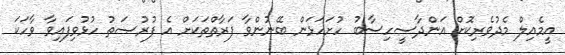
އީމެއިލް މެދުވެރިކޮށްް އަންދާސީހިސާބު ހުށަހަޅަން ބޭނުންވާ ފަރާތްތަކަށް އެ ފުރުޞަތު ހުޅުވިފައިވާ ވާހަކަ